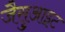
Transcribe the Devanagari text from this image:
जैसुआइट